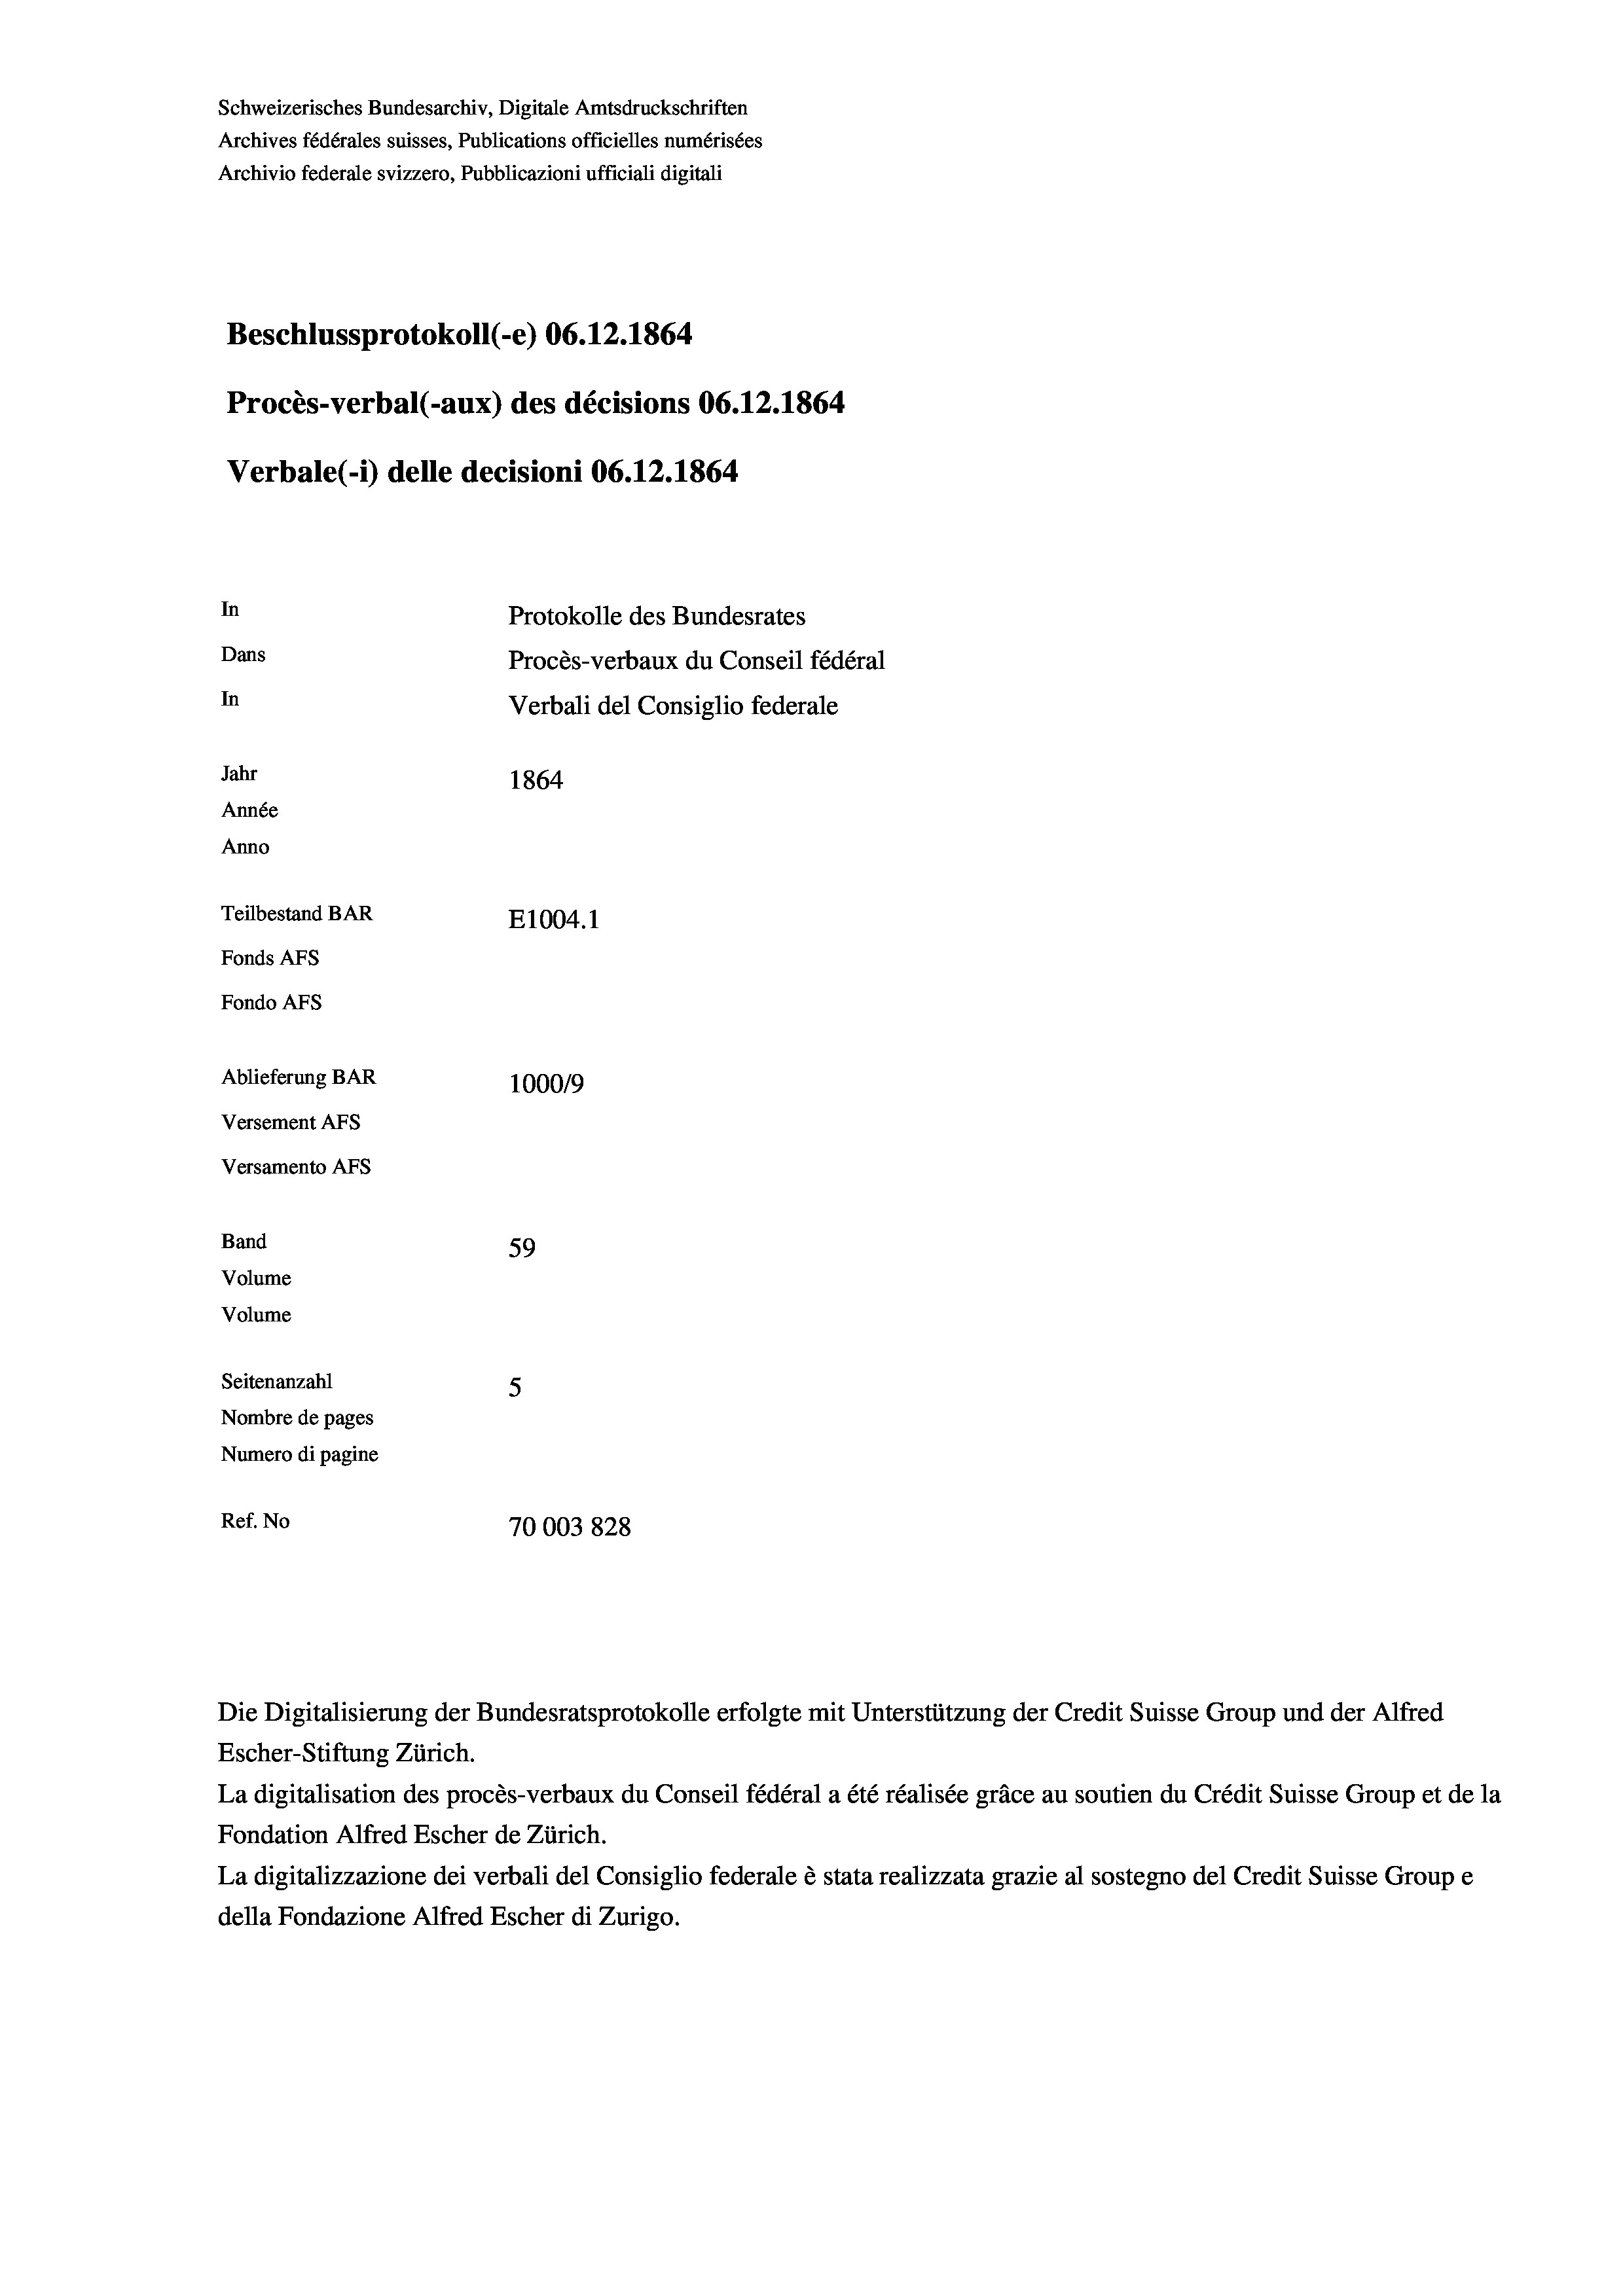
Schweizerisches Bundesarchiv, Digitale Amtsdruckschriften
Archives fédérales suisses, Publications officielles numérisées
Archivio federale svizzero, Pubblicazioni ufficiali digitali
Beschlussprotokoll (-e) 06.12.1864
Procès-verbal (-aux) des décisions 06.12.1864
Verbale (i) delle decisioni 06. 12. 1864
In
Protokolle des Bundesrates
Dans
Procès-verbaux du Conseil fédéral
In
Verbali del Consiglio federale
Jahr
1864
Année
Anno
Teilbestand BAR
E1004. 1
Fonds Afs
Fondo Afs
Ablieferung BAR
100019
Versement AFS

Versamento AFs
Band
Volume
Volume

59
Seitenanzahl
5
Nombre de pages
Numero di pagine
Ref. No
70003828

Die Digitalisierung der Bundesratsprotokolle erfolgte mit Unterstützung der Credit Suisse Group und der Alfred
Escher-Stiftung Zürich.
La digitalisation des procès-verbaux du Conseil fédéral a été réalisée gräce au soutien du Crédit Suisse Group et de la
Fondation Alfred Escher de Zürich.
La digitalizzazione dei verbali del Consiglio federale è stata realizzata grazie al sostegno del Credit Suisse Groupe
della Fondazione Alfred Escher di Zurigo.